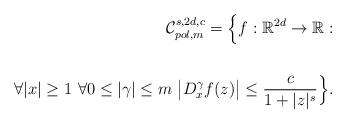
LaTeX: \begin{align*}{\cal C}^{s,2d,c}_{pol,m}={\Big \{} f:{\mathbb R}^{2d}\rightarrow {\mathbb R}: \\\\\forall |x|\geq 1~\forall 0\leq |\gamma|\leq m~{\big |}D^{\gamma}_xf(z){\big |}\leq \frac{c}{1+|z|^s} {\Big \}}.\end{align*}